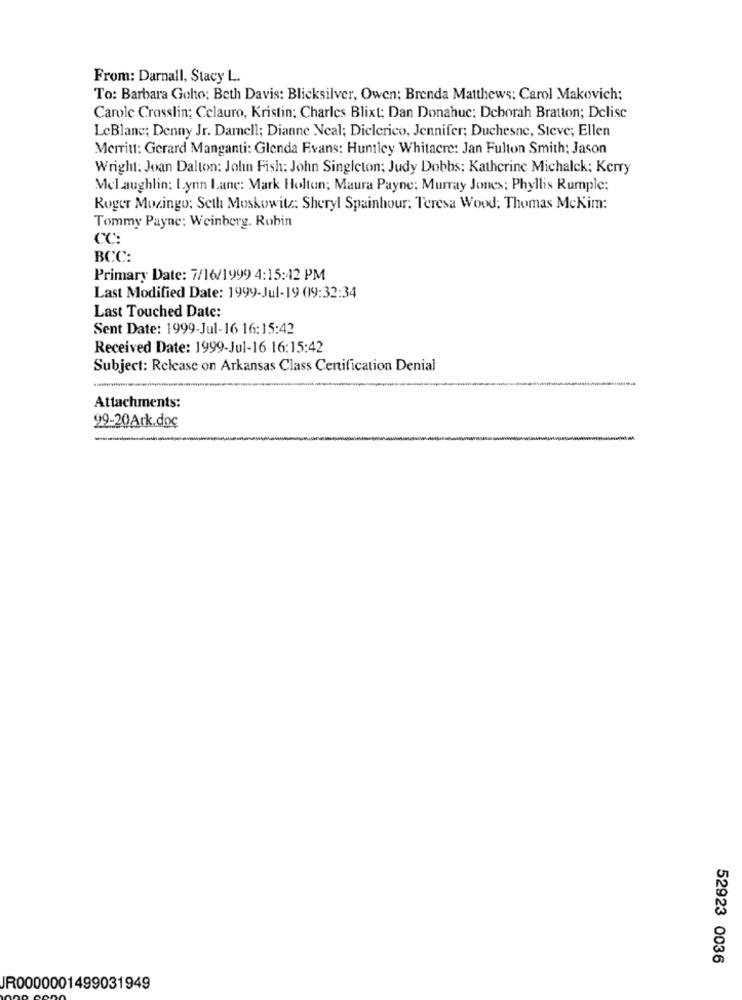
From: Darnall, Stacy L.
To: Barbara Goho; Beth Davis: Blicksilver, Owen; Brenda Matthews: Carol Makovich;
Carole Crosslin: Celauro, Kristin; Charles Blixt; Dan Donahue; Deborah Bratton; Delise
LeBlanc; Denny Jr. Darnell; Dianne Neal; Dielerico, Jennifer; Duchesne, Steve; Ellen
Merritt: Gerard Manganti: Glenda Evans: Huntley Whitacre: Jan Fulton Smith; Jason
Wright: Joan Dalton: John Fish: John Singleton; Judy Dobbs; Katherine Michalek; Kerry
Melaughlin; Lynn Lane: Mark Holtan; Maura Payne: Murray Jones; Phyllis Rumple;
Roger Mozingo: Seth Moskowitz: Sheryl Spainhour. Teresa Wood: Thomas McKim:
Tommy Payne: Weinberg. Robin
CC:
BCC:
Primary Date: 7/16/1999 4:15:42 PM
Last Modified Date: 1999-Jul-19 09:32:34
Last Touched Date:
Sent Date: 1999-Jul-16 16:15:42
Received Date: 1999-Jul-16 16:15:42
Subject: Release on Arkansas Class Certification Denial
Attachments:
29-20Ark.doc
52923 0036
IR0000001499031949